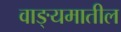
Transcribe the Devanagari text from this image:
वाङ्यमातील